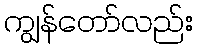
ကျွန်တော်လည်း